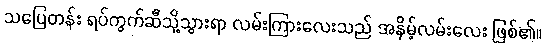
သပြေတန်း ရပ်ကွက်ဆီသို့သွားရာ လမ်းကြားလေးသည် အနိမ့်လမ်းလေး ဖြစ်၏။